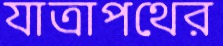
যাত্রাপথের